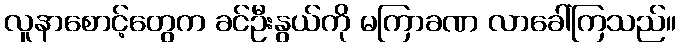
လူနာစောင့်တွေက ခင်ဦးနွယ်ကို မကြာခဏ လာခေါ်ကြသည်။